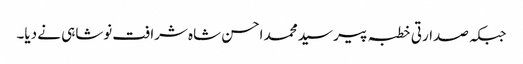
جبکہ صدارتی خطبہ پیر سید محمد احسن شاہ شرافت نوشاہی نے دیا۔